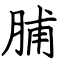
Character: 脯